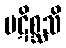
ပဋိစ္ဆသိ